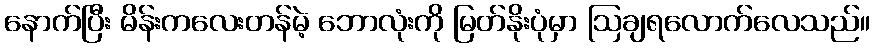
နောက်ပြီး မိန်းကလေးတန်မဲ့ ဘောလုံးကို မြတ်နိုးပုံမှာ ဩချရလောက်လေသည်။